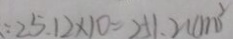
: 2 5 . 1 2 \times 1 0 = 2 5 1 . 2 ( c m ^ { 2 } )